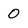
Character: 0